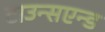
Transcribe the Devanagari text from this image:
टाउन्सएन्ड